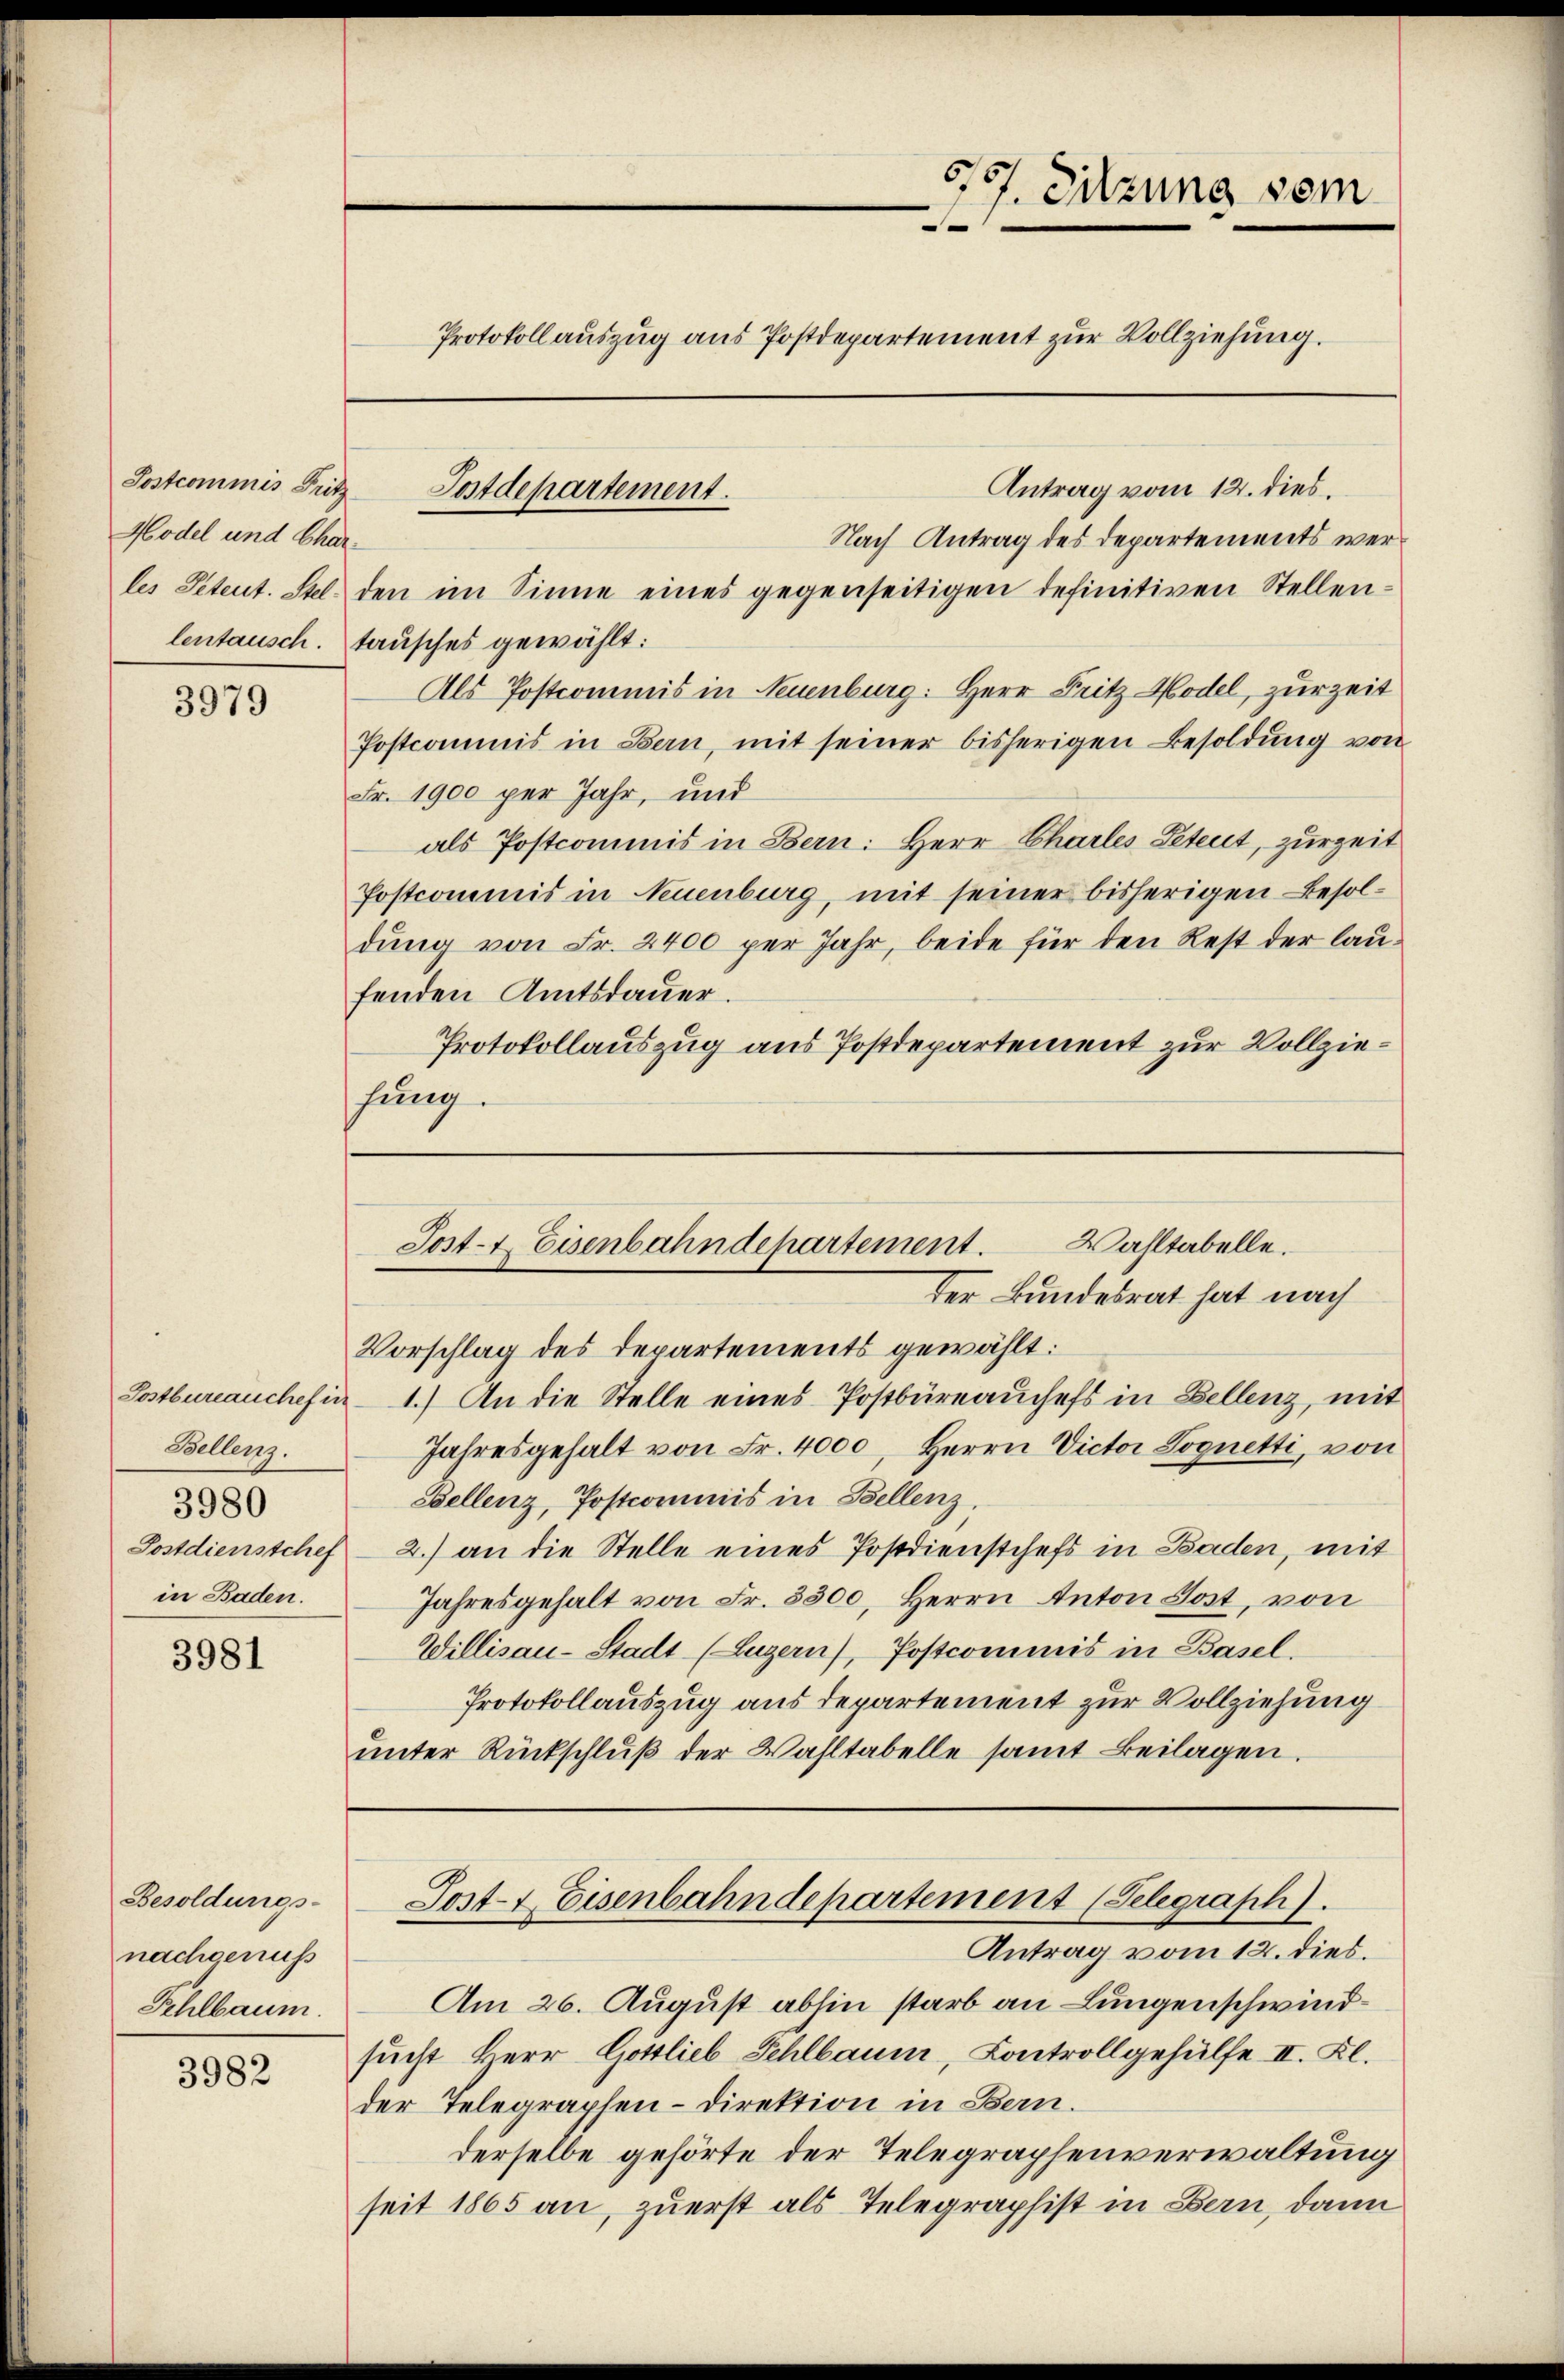
Hodel und Char¬

3979

Postbureauchef in
Bellens.
3980
Postdienstchef
in Baden.

3981

Besoldungs-
nachgenuß
Fehlbaum.

3982

670. Sitzung vom
.
Protokoll auszug aus Postdepartement zur Vollziehung.

Antrag vom 12. dies.
Nach Antrag des Departements werles Petent. Stel den im Sinne eines gegenseitigen definitiven Stellen-
lentausch. tausches gewählt:
Als Postcommis in Neuenburg: Herr Fritz-Hodel, zur Zeit
Postcommis in Bern, mit seiner bisherigen Besoldung von
Fr. 1900 per Jahr, und
als Postcommis in Bern: Herr Charles Petent, zurzeit
Postcommis in Neuenburg, mit seiner bisherigen Besoldung von Fr. 2400 per Jahr, beide für den Rest der laufenden Amtsdauer.
Protokollauszug aus Postdepartement zur Vollziehung.

Postcommis Fritz Postdepartement.

Wahltabelle.
Post- & Eisenbahndehartement.
der Bundesrat hat nach

Vorschlag des Departements gewählt:
1.) An die Stelle eines Postbüreauchefs in Bellenz, mit
Jahresgehalt von Fr. 4000 Herrn Victor Lognetti, von
Bellenz, Postcommis in Bellenz,
2.) an die Stelle eines Postdienstchefs in Baden, mit
Jahresgehalt von Fr. 3300, Herrn Anton Jost, von
Willisau-Stadt (Luzern), Postcommis in Basel.
Protokollauszug aus departement zur Vollziehung
unter Rückschlŭβ der Wahltabelle samt Beilagen.

Post- & Eisenbahndepartement (Selegraph).

Antrag vom 12. dies.
Am 26. August abhin starb an Lungenschwindsucht Herr Gottlieb Fehlbaum, Controllgehülfe II. Kl.
der Telegraphen-Direktion in Bern.
derselbe gehörte der Telegraphenverwaltung
seit 1865 an, zuerst als Telegraphist in Bern, dann